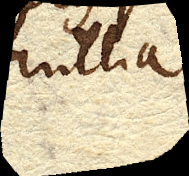
antlia